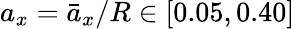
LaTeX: a_{x}=\bar{a}_{x}/R\in[0.05,0.40]